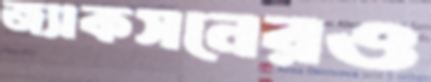
জ্যাকসনেরও